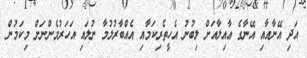
އަދި އޭނާއާއި އޭނާގެ ޢާއިލާއަށް ލިބުނު އެހީތެރިކަމާއި އެއްބާރުލުމާ ނުލައި އަހަރުމެންނަށް މިކަމުން